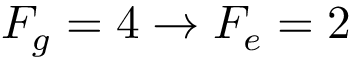
F _ { g } = 4 \rightarrow F _ { e } = 2